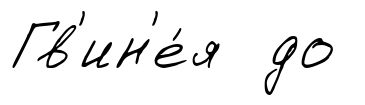
Гв'ин'е́я до